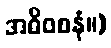
အဓိဝစနံ။)